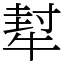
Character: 犎